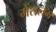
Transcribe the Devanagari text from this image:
मेंसलेम